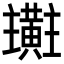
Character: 𪏜